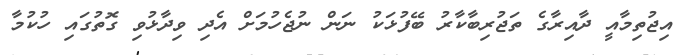
އިޖުތިމާއީ ދާއިރާގެ ތަޖުރިބާކާރު ބޭފުޅަކު ނަން ނުޖެހުމަށް އެދި ވިދާޅުވި ގޮތުގައި ހުކުމާ